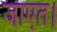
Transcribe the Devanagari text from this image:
जाएत।